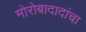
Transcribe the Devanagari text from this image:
मोरोबादादांचा